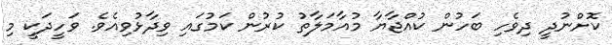
ކޮށްނުދީ ދިވެހި ބަހުން ކުއްޖާޔާ މުއާމަލާތު ކުރުން ކަމުގައި ވިދާޅުވިއެވެ. ވަހީދަކީ މި